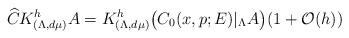
LaTeX: \begin{align*}\widehat C K^h_{(\Lambda,d\mu)}A=K^h_{(\Lambda,d\mu)}\bigl(C_0(x,p;E)|_{\Lambda} A\bigr)(1+{\cal O}(h))\end{align*}